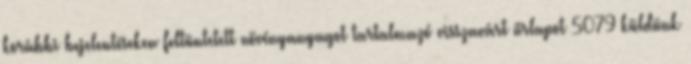
korábbi bejelentéseken feltüntetett növényanyagot tartalmazó visszavárt űrlapot 5079 küldünk